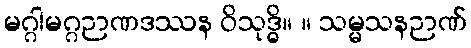
မဂ္ဂါမဂ္ဂဉာဏဒဿန ဝိသုဒ္ဓိ။ ။ သမ္မသနဉာဏ်